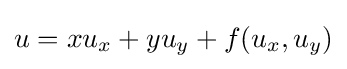
\displaystyle u=xu_{x}+yu_{y}+f(u_{x},u_{y})